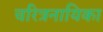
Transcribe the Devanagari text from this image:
चरित्रनायिका